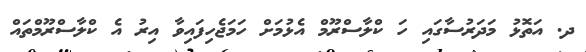
ދ. އަތޮޅު މަދަރުސާގައި ހަ ކްލާސްރޫމް އެޅުމަށް ހަމަޖެހިފައިވާ އިރު އެ ކްލާސްރޫމްތައް